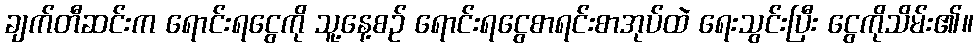
ချက်တီဆင်းက ရောင်းရငွေကို သူ့နေ့စဉ် ရောင်းရငွေစာရင်းစာအုပ်ထဲ ရေးသွင်းပြီး ငွေကိုသိမ်း၏။